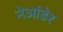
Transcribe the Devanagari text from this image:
नेआंडेर